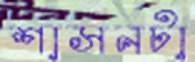
শাসনটা